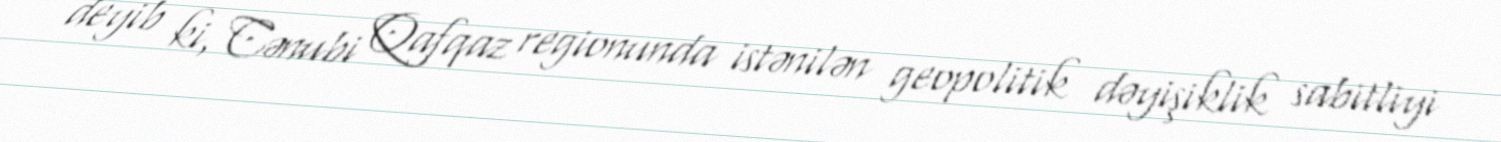
deyib ki, Cənubi Qafqaz regionunda istənilən geopolitik dəyişiklik sabitliyi